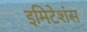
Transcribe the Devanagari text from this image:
इमिटेशंस